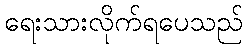
ရေးသားလိုက်ရပေသည်